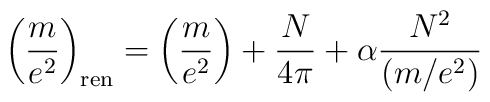
\left(\frac{m}{e^2}\right)_{\rm ren}=\left(\frac{m}{e^2}\right)+\frac{N}{4\pi} +\alpha {N^2\over (m/e^2)}